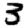
Digit: 3